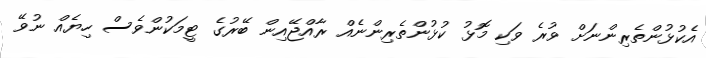
އެކުޅުންތެރިންނަށް ވުރެ ވަކި މޮޅު ކުޅުންތެރިންނެއް ރާއްޖޭއިން ބޭރުގެ ޓީމަކުންވެސް ހިޔެއް ނުވޭ